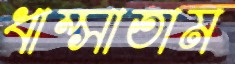
ধাম্‌সাতাম